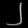
Digit: ၂